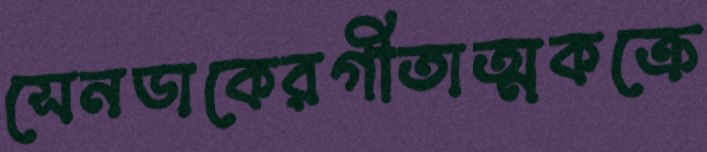
সেনডাকেরগীতাত্মকক্রে